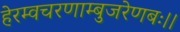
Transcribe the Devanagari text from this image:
हेरम्वचरणाम्बुजरेणबः।।